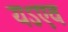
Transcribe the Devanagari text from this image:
यऽएव